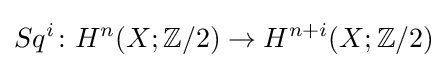
Sq^{i}\colon H^{n}(X;\mathbb {Z} /2)\to H^{n+i}(X;\mathbb {Z} /2)